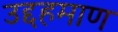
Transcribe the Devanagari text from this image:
उद्दहमाण